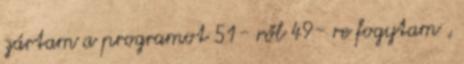
zártam a programot 51- ről 49- re fogytam ,